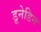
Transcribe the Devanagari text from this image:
डूनेडिन